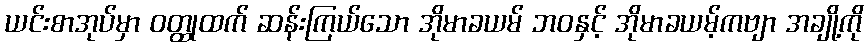
ယင်းစာအုပ်မှာ ဝတ္ထုထက် ဆန်းကြယ်သော အိုမာခယမ် ဘဝနှင့် အိုမာခယမ့်ကဗျာ အချို့ကို